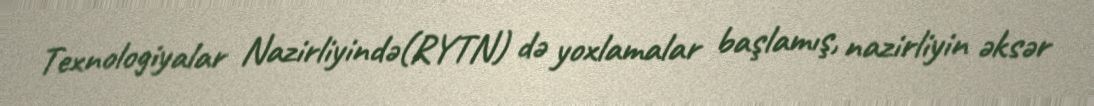
Texnologiyalar Nazirliyində(RYTN) də yoxlamalar başlamış, nazirliyin əksər